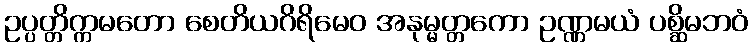
ဥပ္ပတ္တိက္ကမတော စေတိယဂိရိမေဝ အနုမ္မတ္တကော ဥဏ္ဏမယံ ပစ္ဆိမဘဝံ